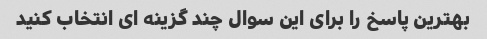
بهترین پاسخ را برای این سوال چند گزینه ای انتخاب کنید